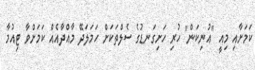
ކަމަށާއި މިއީ "އުނިކަން" ހުރި ހަށިގަނޑުގެ ސެލްތަކަށް ހަމަލަދޭ މާއްދާއެއް ކަމަށްވާ ޓިއުމާ